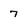
Character: 7